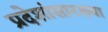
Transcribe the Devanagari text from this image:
प्रदेशांसारख्या